Lunatic asylums in Bengal annual reports 1912-1924 - 1912-1924
Year: 1912
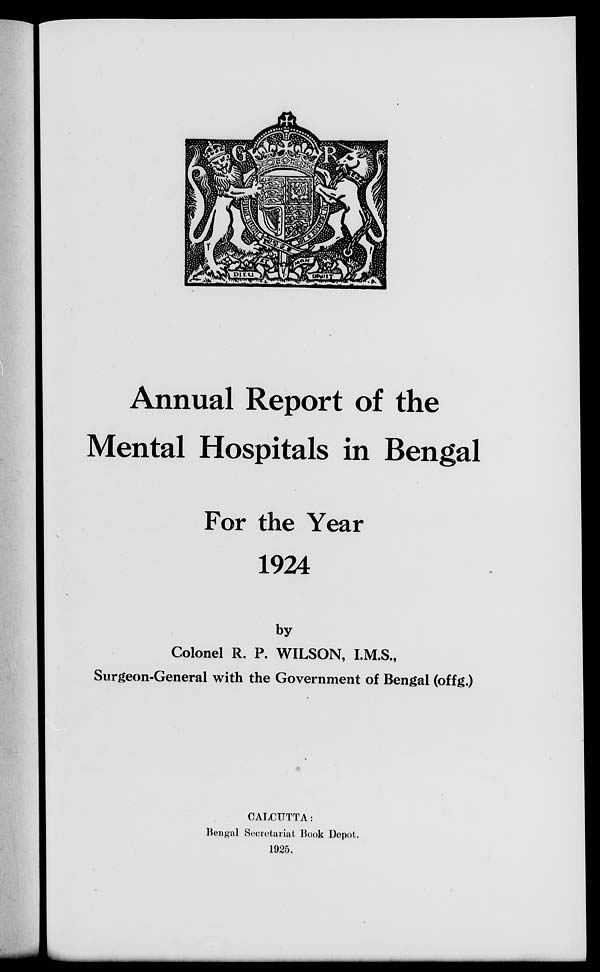
Annual Report of the
Mental Hospitals in Bengal
For the Year
1924
by
Colonel R. P. WILSON, I.M.S.,
Surgeon-General with the Government of Bengal (offg.)
CALCUTTA:
Bengal Secretariat Book Depot.
1925.